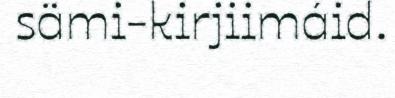
sämi-kirjiimáid.